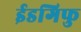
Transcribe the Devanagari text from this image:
ईडगिफु